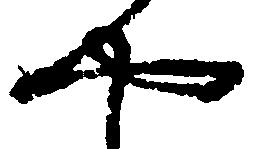
や